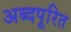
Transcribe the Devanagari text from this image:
अब्दपूरित